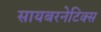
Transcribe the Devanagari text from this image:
सायबरनेटिक्स